Civil Veterinary Dept. Bombay admin report 1893-99 - 1893-1899
Year: 1893
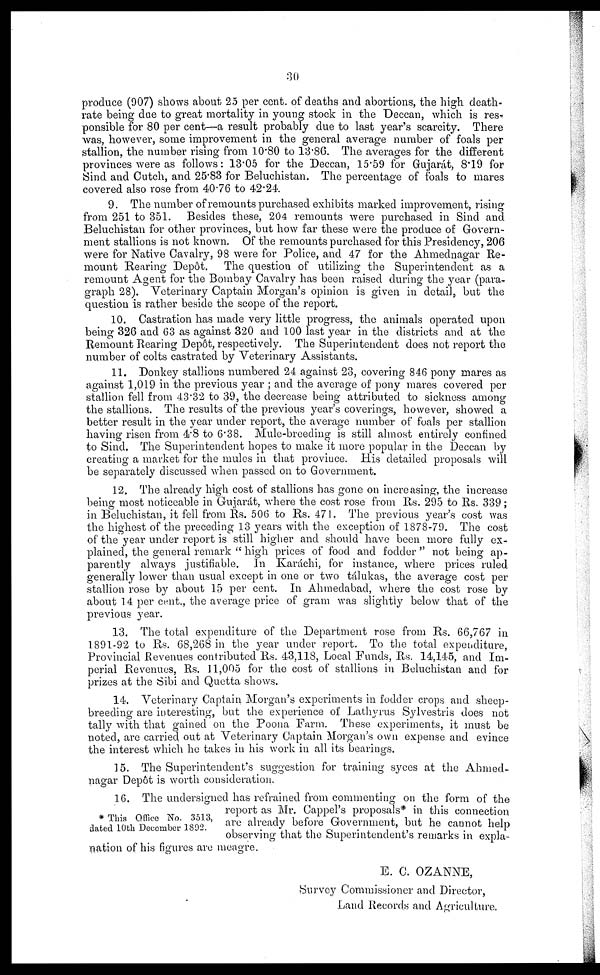
30
produce (907) shows about 25 per cent. of deaths and abortions, the high death-
rate being due to great mortality in young stock in the Deccan, which is res-
ponsible for 80 per cent—a result probably due to last year's scarcity. There
was, however, some improvement in the general average number of foals per
stallion, the number rising from 10.80 to 13.86. The averages for the different
provinces were as follows: 13.05 for the Deccan, 15.59 for Gujarát, 8.19 for
Sind and Cutch, and 25.83 for Beluchistan. The percentage of foals to mares
covered also rose from 40.76 to 42.24.
9. The number of remounts purchased exhibits marked improvement, rising
from 251 to 351. Besides these, 204 remounts were purchased in Sind and
Beluchistan for other provinces, but how far these were the produce of Govern-
ment stallions is not known. Of the remounts purchased for this Presidency, 206
were for Native Cavalry, 98 were for Police, and 47 for the Ahmednagar Re-
mount Rearing Depôt.
The question of utilizing the Superintendent as a
remount Agent for the Bombay Cavalry has been raised during the year (para-
graph 28). Veterinary Captain Morgan's opinion is given in detail, but the
question is rather beside the scope of the report.
10. Castration has made very little progress, the animals operated upon
being 326 and 63 as against 320 and 100 last year in the districts and at the
Remount Rearing Depôt, respectively. The Superintendent does not report the
number of colts castrated by Veterinary Assistants.
11. Donkey stallions numbered 24 against 23, covering 846 pony mares as
against 1,019 in the previous year; and the average of pony mares covered per
stallion fell from 43.32 to 39, the decrease being attributed to sickness among
the stallions. The results of the previous year's coverings, however, showed a
better result in the year under report, the average number of foals per stallion
having risen from 4.8 to 6.38. Mule-breeding is still almost entirely confined
to Sind. The Superintendent hopes to make it more popular in the Deccan by
creating a market for the mules in that province. His detailed proposals will
be separately discussed when passed on to Government.
12. The already high cost of stallions has gone on increasing, the increase
being most noticeable in Gujarát, where the cost rose from Rs. 295 to Rs. 339;
in Beluchistan, it fell from Rs. 506 to Rs. 471. The previous year's cost was
the highest of the preceding 13 years with the exception of 1878-79. The cost
of the year under report is still higher and should have been more fully ex-
plained, the general remark "high prices of food and fodder" not being ap-
parently always justifiable. In Karáchi, for instance, where prices ruled
generally lower than usual except in one or two tálukas, the average cost per
stallion rose by about 15 per cent. In Ahmedabad, where the cost rose by
about 14 per cent., the average price of gram was slightly below that of the
previous year.
13. The total expenditure of the Department rose from Rs. 66,767 in
1891-92 to Rs. 68,268 in the year under report. To the total expenditure,
Provincial Revenues contributed Rs. 43,118, Local Funds, Rs. 14,145, and Im-
perial Revenues, Rs. 11,005 for the cost of stallions in Beluchistan and for
prizes at the Sibi and Quetta shows.
14. Veterinary Captain Morgan's experiments in fodder crops and sheep-
breeding are interesting, but the experience of Lathyrus Sylvestris does not
tally with that gained on the Poona Farm. These experiments, it must be
noted, are carried out at Veterinary Captain Morgan's own expense and evince
the interest which he takes in his work in all its bearings.
15. The Superintendent's suggestion for training syces at the Ahmed-
nagar Depôt is worth consideration.
* This Office No. 3513,
dated 10th December 1892.
16. The undersigned has refrained from commenting on the form of the
report as Mr. Cappel's proposals* in this connection
are already before Government, but he cannot help
observing that the Superintendent's remarks in expla-
nation of his figures are meagre.
E. C. OZANNE,
Survey Commissioner and Director,
Land Records and Agriculture.